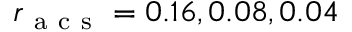
r _ { \mathrm { ~ a ~ c ~ s ~ } } = 0 . 1 6 , 0 . 0 8 , 0 . 0 4